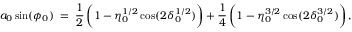
a _ { 0 } \sin ( \phi _ { 0 } ) \; = \; \frac { 1 } { 2 } \, \biggl ( 1 - \eta _ { 0 } ^ { 1 / 2 } \cos ( 2 \delta _ { 0 } ^ { 1 / 2 } ) \biggr ) + \frac { 1 } { 4 } \, \biggl ( 1 - \eta _ { 0 } ^ { 3 / 2 } \cos ( 2 \delta _ { 0 } ^ { 3 / 2 } ) \biggr ) \, ,